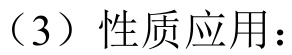
（3）性质应用：